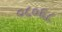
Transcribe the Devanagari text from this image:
०८०६८